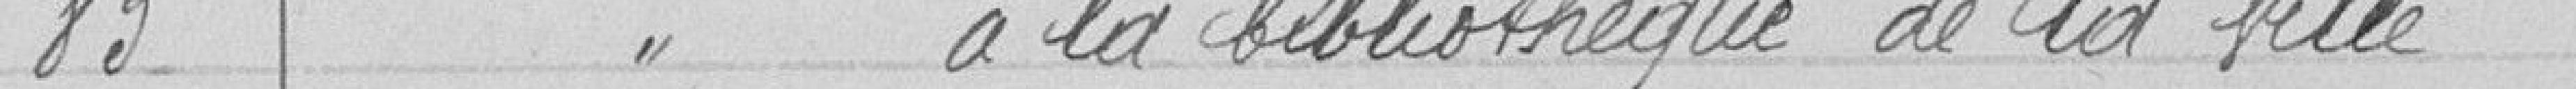
83       "             à la bibliothèque  de la ville